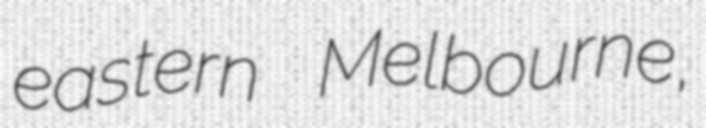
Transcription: eastern Melbourne,